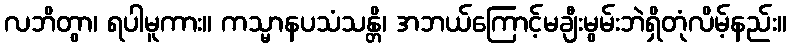
လဘိတွာ၊ ရပါမူကား။ ကသ္မာနပသံသန္တိ၊ အဘယ်ကြောင့်မချီးမွမ်းဘဲရှိတုံလိမ့်နည်း။